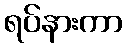
ရပ်နားကာ